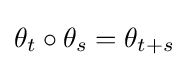
\theta _{t}\circ \theta _{s}=\theta _{t+s}